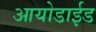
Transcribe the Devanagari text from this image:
आयोडाईड